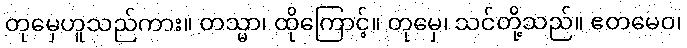
တုမှေဟူသည်ကား။ တသ္မာ၊ ထိုကြောင့်။ တုမှေ၊ သင်တို့သည်။ ဧတမေဝ၊